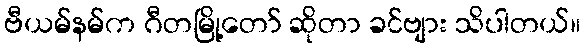
ဗီယမ်နမ်က ဂီတမြို့တော် ဆိုတာ ခင်ဗျား သိပါတယ်။